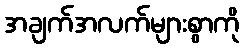
အချက်အလက်များစွာကို